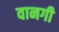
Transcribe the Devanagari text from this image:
वानगी